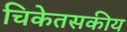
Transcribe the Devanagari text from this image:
चिकेतसकीय